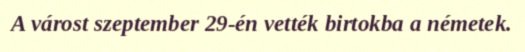
A várost szeptember 29-én vették birtokba a németek.